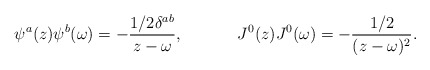
\begin{align*}\psi^a(z)\psi^b(\omega)=-\frac{1/2\delta^{ab}}{z-\omega},~~~~~~~~~~J^0(z)J^0(\omega)=-\frac{1/2}{(z-\omega)^2}.\end{align*}